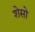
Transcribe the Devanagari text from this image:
शेसो